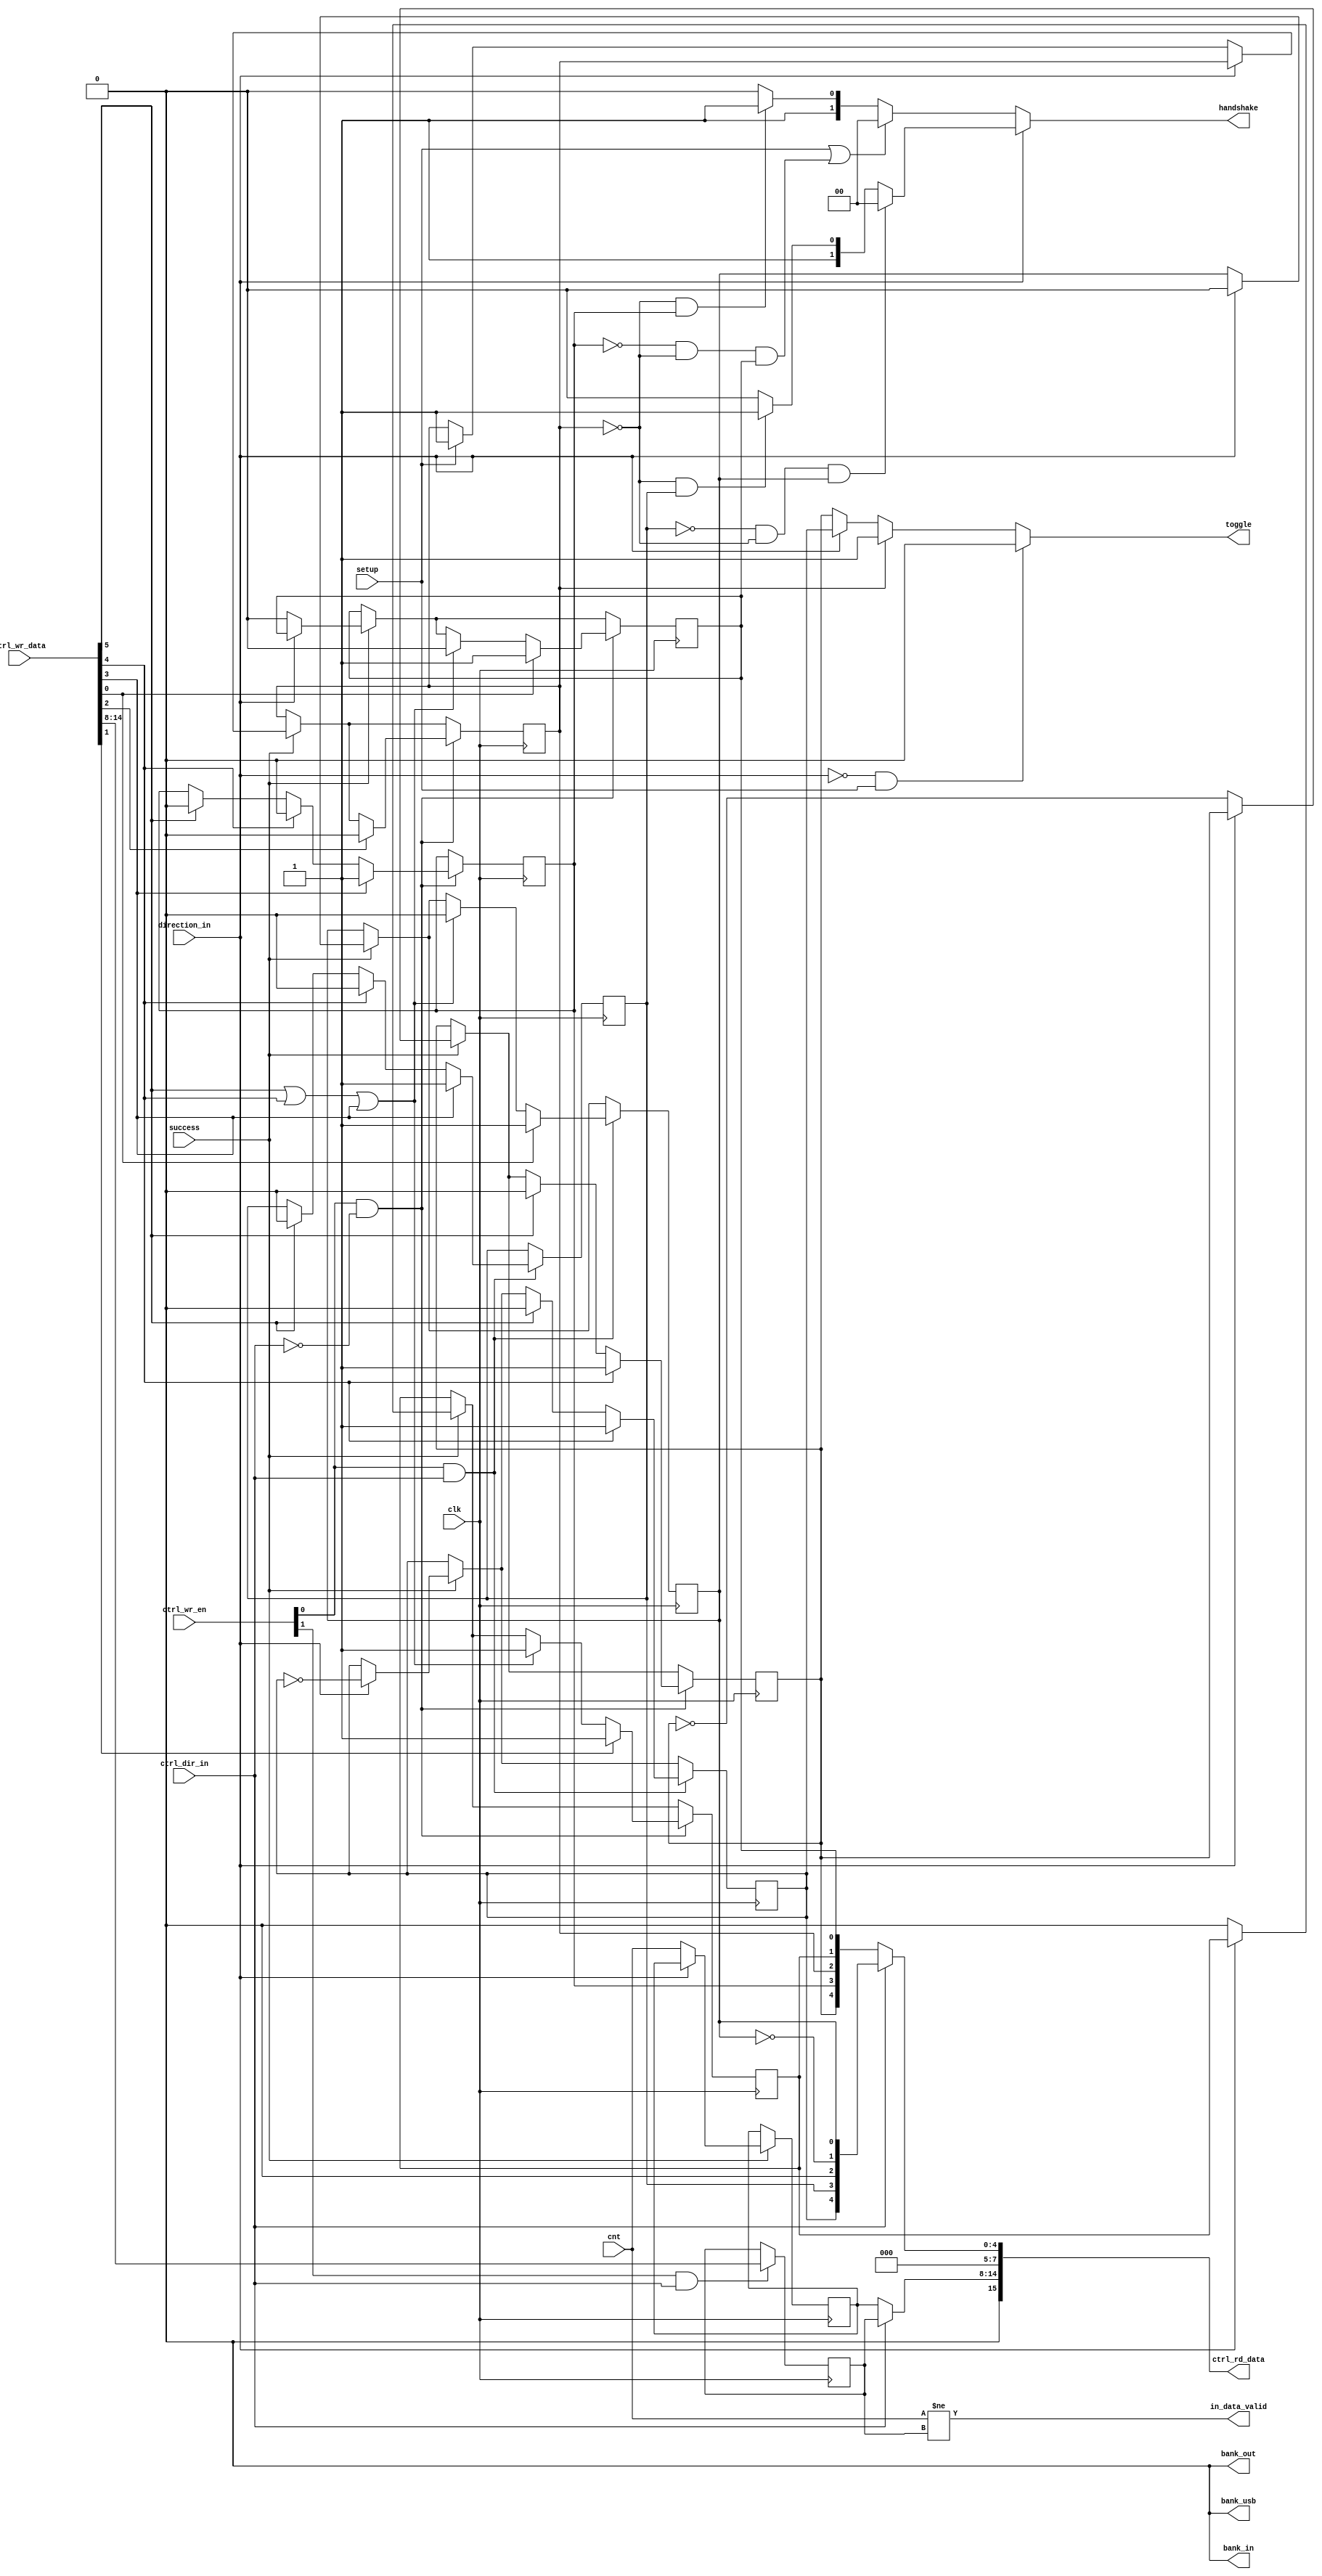
module usb_ep(
    input clk,
    input direction_in,
    input setup,
    input success,
    input[6:0] cnt,
    output reg toggle,
    output bank_usb,
    output reg[1:0] handshake,
    output bank_in,
    output bank_out,
    output in_data_valid,
    input ctrl_dir_in,
    output reg[15:0] ctrl_rd_data,
    input[15:0] ctrl_wr_data,
    input[1:0] ctrl_wr_en
    );
localparam
    hs_ack = 2'b00,
    hs_none = 2'b01,
    hs_nak = 2'b10,
    hs_stall = 2'b11;
reg ep_setup;
reg ep_out_full;
reg ep_out_empty;
reg ep_in_full;
reg ep_out_stall;
reg ep_in_stall;
reg ep_out_toggle;
reg ep_in_toggle;
reg[6:0] ep_in_cnt;
reg[6:0] ep_out_cnt;
assign in_data_valid = (cnt != ep_in_cnt);
assign bank_usb = 1'b0;
assign bank_in = 1'b0;
assign bank_out = 1'b0;
always @(*) begin
    if (!direction_in && setup)
        toggle = 1'b0;
    else if (ep_setup)
        toggle = 1'b1;
    else if (direction_in)
        toggle = ep_in_toggle;
    else
        toggle = ep_out_toggle;
end
always @(*) begin
    if (direction_in) begin
        if (!ep_in_stall && !ep_setup && ep_in_full) begin
            handshake = hs_ack;
        end else if (!ep_setup && ep_in_stall) begin
            handshake = hs_stall;
        end else begin
            handshake = hs_nak;
        end
    end else begin
        if (setup || (!ep_out_stall && !ep_setup && ep_out_full)) begin
            handshake = hs_ack;
        end else if (!ep_setup && ep_out_stall) begin
            handshake = hs_stall;
        end else begin
            handshake = hs_nak;
        end
    end
end
always @(*) begin
    if (ctrl_dir_in) begin
        ctrl_rd_data[15:8] = ep_in_cnt;
        ctrl_rd_data[7:0] = { ep_in_toggle, ep_in_stall, 1'b0, !ep_in_full, ep_in_full };
    end else begin
        ctrl_rd_data[15:8] = ep_out_cnt;
        ctrl_rd_data[7:0] = { ep_out_toggle, ep_out_stall, ep_setup, ep_out_empty, ep_out_full };
    end
end
wire flush = ctrl_wr_data[5] || ctrl_wr_data[4] || ctrl_wr_data[3];
always @(posedge clk) begin
    if (success) begin
        if (direction_in) begin
            ep_in_full <= 1'b0;
            ep_in_toggle <= !ep_in_toggle;
        end else begin
            if (setup)
                ep_setup <= 1'b1;
            ep_out_toggle <= !ep_out_toggle;
            ep_out_empty <= 1'b0;
            ep_out_full <= 1'b0;
            ep_out_cnt <= cnt;
        end
    end
    if (ctrl_wr_en[1] && ctrl_dir_in) begin
        ep_in_cnt <= ctrl_wr_data[14:8];
    end
    if (ctrl_wr_en[0] && ctrl_dir_in) begin
        if (ctrl_wr_data[5]) begin
            ep_in_toggle <= 1'b0;
            ep_in_stall <= 1'b0;
        end
        if (ctrl_wr_data[4]) begin
            ep_in_toggle <= 1'b1;
            ep_in_stall <= 1'b0;
        end
        if (ctrl_wr_data[3])
            ep_in_stall <= 1'b1;
        if (flush)
            ep_in_full <= 1'b0;
        if (ctrl_wr_data[0])
            ep_in_full <= 1'b1;
    end
    if (ctrl_wr_en[0] && !ctrl_dir_in) begin
        if (ctrl_wr_data[5]) begin
            ep_out_toggle <= 1'b0;
            ep_out_stall <= 1'b0;
        end
        if (ctrl_wr_data[4]) begin
            ep_out_toggle <= 1'b1;
            ep_out_stall <= 1'b0;
        end
        if (ctrl_wr_data[3])
            ep_out_stall <= 1'b1;
        if (flush) begin
            ep_out_full <= 1'b0;
            ep_out_empty <= 1'b1;
        end
        if (ctrl_wr_data[2])
            ep_setup <= 1'b0;
        if (ctrl_wr_data[1])
            ep_out_empty <= 1'b1;
        if (ctrl_wr_data[0])
            ep_out_full <= 1'b1;
    end
end
endmodule